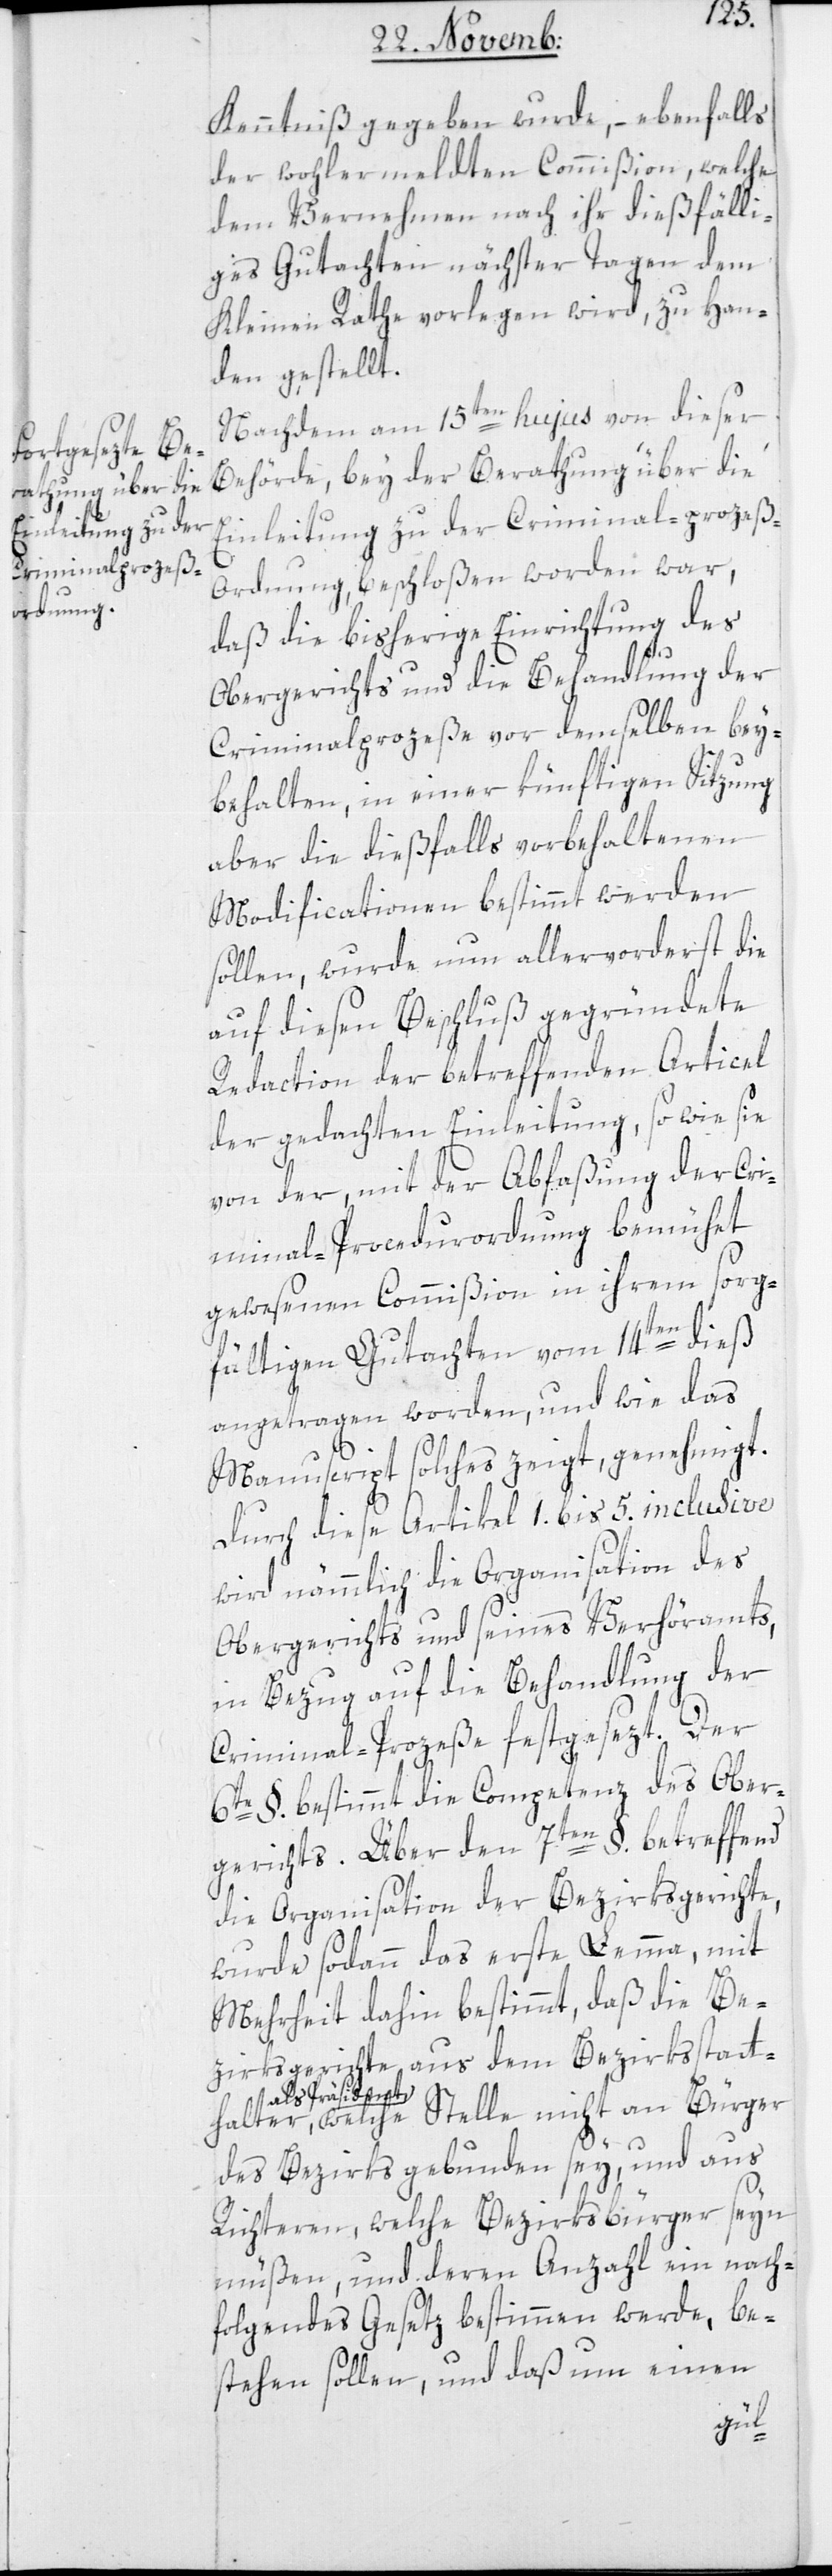
Kenntniß gegeben wurde, – ebenfalls
der wohlermeldten Commißion, welche
dem Vernehmen nach ihr dießfälli¬
ges Gutachten nächster Tagen dem
Kleinen Rathe vorlegen wird, zu Han¬
den gestellt.
Nachdem am 15ten hujus von dieser
Behörde, bey der Berathung über die
Einleitung zu der Criminal-prozeß-O¬
rdnung, beschloßen worden war,
daß die bisherige Einrichtung des
Obergerichts und die Behandlung der
Criminalprozeße vor demselben bey¬
behalten, in einer künftigen Sitzung
aber die dießfalls vorbehaltenen
Modificationen bestimmt werden
sollen, wurde nun allervorderst die
auf diesen Beschluß gegründete
Redaction der betreffenden Artikel
der gedachten Einleitung, so wie sie
von der, mit der Abfaßung der Cri¬
minal-Procedurordnung bemühet
gewesenen Commißion in ihrem sorg¬
fältigen Gutachten vom 14ten dieß
angetragen worden, und wie das
an
Manuscript solches zeigt, genehmigt.
Durch diese Artikel 1. bis 5. inclusive
wird nämmlich die Organisation des
Obergerichts und seines Verhöramts,
in Bezug auf die Behandlung der
Criminal-Prozeße festgesezt. Der
6te §. bestimmt die Competenz des Ober¬
gerichts. Über den 7ten §. betreffend
die Organisation der Bezirksgerichte,
wurde sodann das erste Lemma, mit
Mehrheit dahin bestimmt, daß die Be¬
zirksgerichte aus dem Bezirksstatt¬
als Präsident,
des Bezirks gebunden sey, und aus
Richteren, welche Bezirksbürger seyn
müßen, und deren Anzahl ein nach¬
folgendes Gesetz bestimmen werde, be¬
ßtehen sollen, und daß um einen
nicht